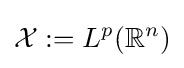
{\mathcal {X}}:=L^{p}(\mathbb {R} ^{n})